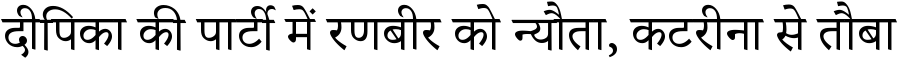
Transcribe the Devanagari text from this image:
दीपिका की पार्टी में रणबीर को न्यौता, कटरीना से तौबा